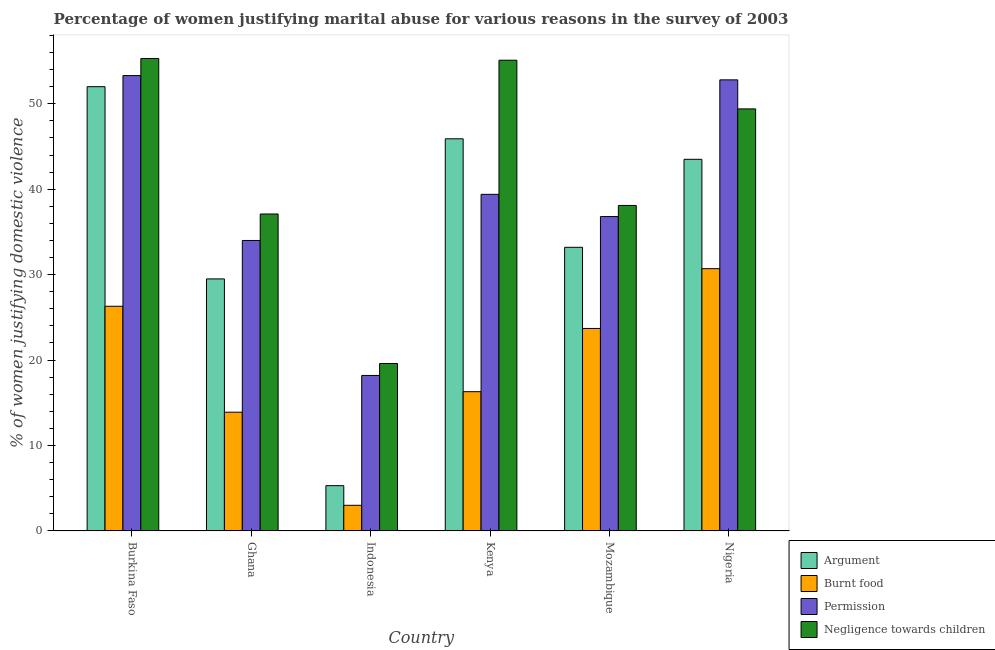
| Country | Argument | Burnt food | Permission | Negligence towards children |
 | --- | --- | --- | --- | --- |
 | Burkina Faso | 52 | 26.3 | 53.3 | 55.3 |
 | Ghana | 29.5 | 13.9 | 34 | 37.1 |
 | Indonesia | 5.3 | 3 | 18.2 | 19.6 |
 | Kenya | 45.9 | 16.3 | 39.4 | 55.1 |
 | Mozambique | 33.2 | 23.7 | 36.8 | 38.1 |
 | Nigeria | 43.5 | 30.7 | 52.8 | 49.4 |